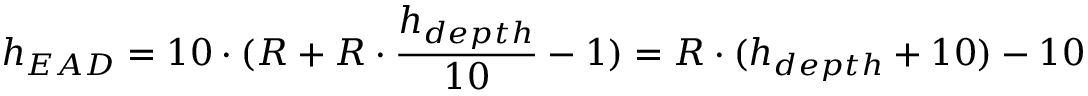
h _ { E A D } = 1 0 \cdot ( R + R \cdot { \frac { h _ { d e p t h } } { 1 0 } } - 1 ) = R \cdot ( h _ { d e p t h } + 1 0 ) - 1 0